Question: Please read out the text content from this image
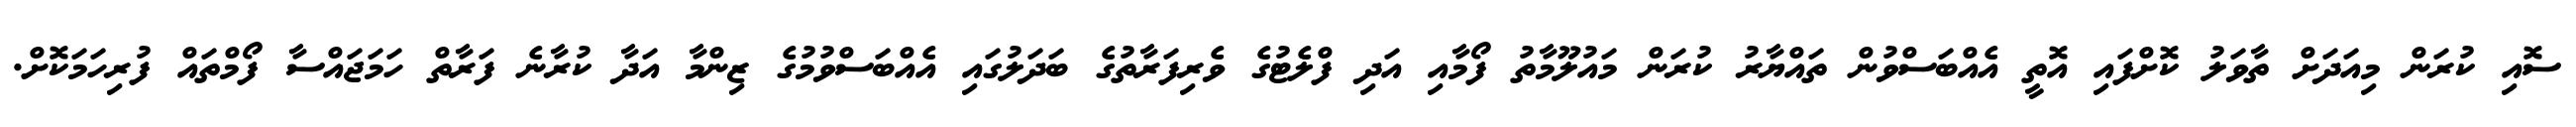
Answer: ސޮއި ކުރަން މިއަދަށް ތާވަލު ކޮށްފައި އޮތީ އެއްބަސްވުން ތައްޔާރު ކުރަން މައުލޫމާތު ފޯމާއި އަދި ފްލެޓުގެ ވެރިފަރާތުގެ ބަދަލުގައި އެއްބަސްވުމުގެ ޒިންމާ އަދާ ކުރާނެ ފަރާތް ހަމަޖައްސާ ފޯމްތައް ފުރިހަމަކޮށް.